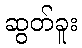
ဆွတ်ခူး